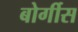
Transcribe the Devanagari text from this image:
बोर्गीस